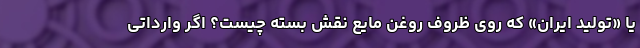
یا «تولید ایران» که روی ظروف روغن مایع نقش بسته چیست؟ اگر وارداتی